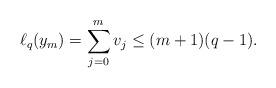
LaTeX: \begin{align*}\ell_q(y_m)=\sum_{j=0}^mv_j\leq (m+1)(q-1).\end{align*}